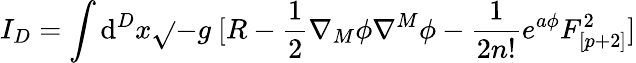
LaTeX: I_{D}=\int\mathrm{d}^{D}x\sqrt{}{{-g}}~[R-{\frac{{1}}{{2}}}\nabla_{M}\phi\nabla^{M}\phi-{\frac{{1}}{{2n!}}}e^{a\phi}F_{[p+2]}^{2}]